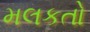
મલકતો